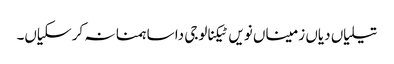
تیلیاں دیاں زمیناں نویں ٹیکنالوجی دا ساہمنا نہ کر سکیاں۔